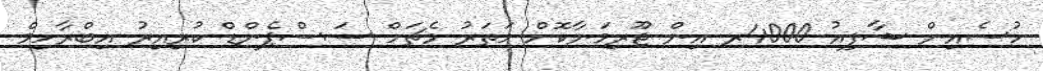
ހުސެއިން ޝާފިއު 4000ރ އިން ޖޫރިމަނާކޮށް ހަތަރު މެޗަށް ސަސްޕެންޑް ކުރިއިރު އިބްރާހިމް